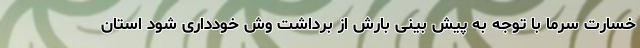
خسارت سرما با توجه به پیش بینی بارش از برداشت وش خودداری شود استان